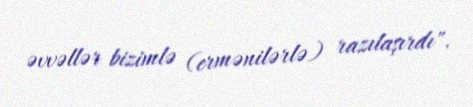
əvvəllər bizimlə (ermənilərlə) razılaşırdı".